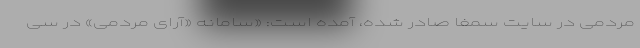
مردمی در سایت سمفا صادر شده، آمده است: «سامانه «آرای مردمی» در سی